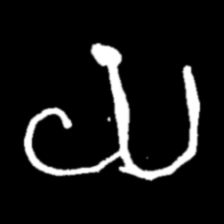
Pyu character \u2014 Myanmar letter: ယ (romanized: ya)